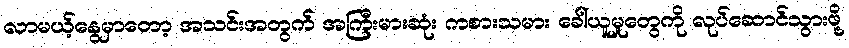
လာမယ့်နွေမှာတော့ အသင်းအတွက် အကြီးမားဆုံး ကစားသမား ခေါ်ယူမှုတွေကို လုပ်ဆောင်သွားဖို့